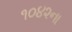
૧૦૪૨ના